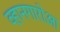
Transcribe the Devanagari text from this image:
व्हानगारोआ